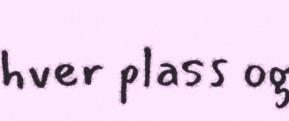
hver plass og